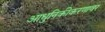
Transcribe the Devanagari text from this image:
आधुनिकीकरणावर